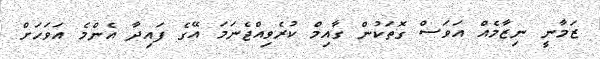
ޒަމާނީ ނިޒާމެއް އަވަސް ގޮތަކުން ގާއިމް ކުރެވިއްޖެނަމަ އޭގެ ފައިދާ އެންމެ އަވަހަށް